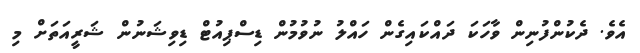
އެވެ. ދެކުންފުނިން ވާހަކަ ދައްކައިގެން ހައްލު ނުވުމުން ޑިސްޕިއުޓް ޑިވިޝަނުން ޝަރީއަތަށް މި